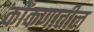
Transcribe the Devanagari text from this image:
कोंकणातील